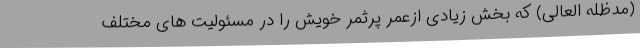
(مدظله العالی) که بخش زیادی ازعمر پرثمر خویش را در مسئولیت های مختلف